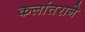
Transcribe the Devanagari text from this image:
कलांतराने